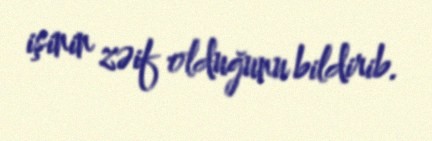
işinin zəif olduğunu bildirib.